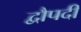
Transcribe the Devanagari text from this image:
द्वौपदी